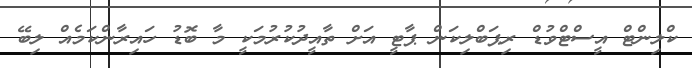
ކްލިންޓް އީސްޓްވުޑް ރިޕަބްލިކަން ޕާޓީ އަށް ތާއީދުކުރުމަކީ މާ ބޮޑު ހައިރާންކަމެއް ލިބޭ